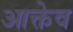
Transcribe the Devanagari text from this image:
आक्तेव